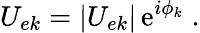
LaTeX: U_{ek}=|U_{ek}|\, \mathrm{e}^{i\phi_{k}}\; .